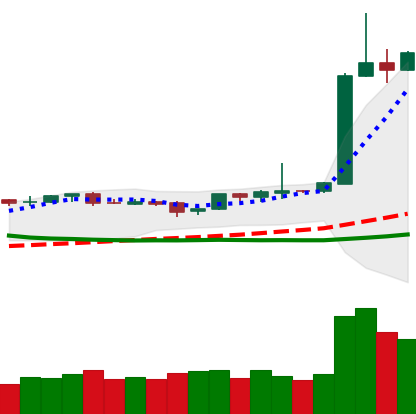
Ticker: BTC-USD
Chart end date: 2019-04-05
Forward return: 5.715%
Label: up_5_7